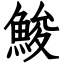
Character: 鮻